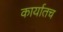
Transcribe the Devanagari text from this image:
कार्यातच